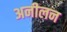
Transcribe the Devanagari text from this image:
अनीलन